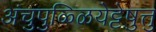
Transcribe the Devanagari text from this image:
अंचुपुळ्ळियेट्टेषु़त्तु